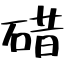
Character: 碏